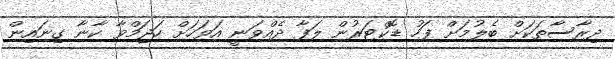
ދިރާސާތަކަށް ބެލުމަށް ފަހު ޑޮކްޓަރުން ލަފާ ދެއްވަނީ އަވަހަށް ހަޖަމްވާ ކާނާ ގިނައިން